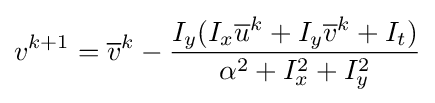
v^{k+1}={\overline {v}}^{k}-{\frac {I_{y}(I_{x}{\overline {u}}^{k}+I_{y}{\overline {v}}^{k}+I_{t})}{\alpha ^{2}+I_{x}^{2}+I_{y}^{2}}}